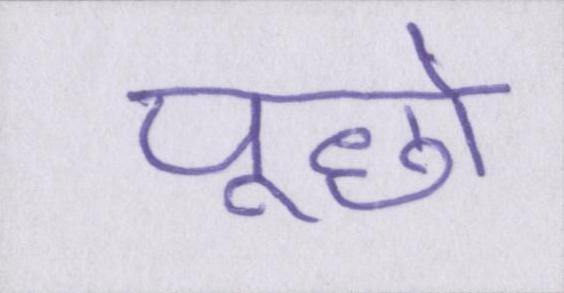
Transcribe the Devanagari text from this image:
पूछो